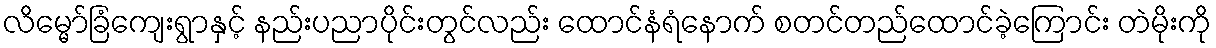
လိမ္မော်ခြံကျေးရွာနှင့် နည်းပညာပိုင်းတွင်လည်း ထောင်နံရံနောက် စတင်တည်ထောင်ခဲ့ကြောင်း တဲမိုးကို